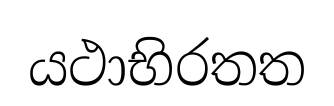
යථාභිරතත